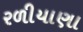
રળીયાણા